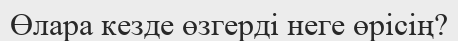
Өлара кезде өзгерді неге өрісің?